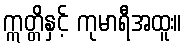
ဣတ္တိနှင့် ကုမာရီအထူး။